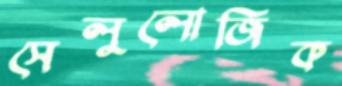
সেলুলোজিক